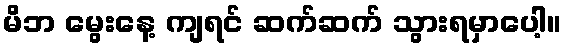
မိဘ မွေးနေ့ ကျရင် ဆက်ဆက် သွားရမှာပေါ့။